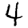
Digit: 4